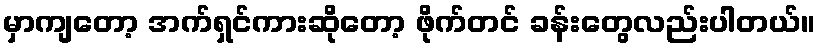
မှာကျတော့ အက်ရှင်ကားဆိုတော့ ဖိုက်တင် ခန်းတွေလည်းပါတယ်။